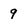
Character: 9